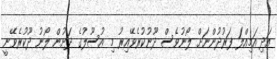
އަދި އަމިއްލަ ފަރުދުންނަށް ލޯނުވެސް ދޫނުކުރެވޭއިރު މި އުސޫލުގެ ދަށުން ލޯނު ދޫކުރެވޭނީ